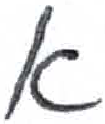
אות: א